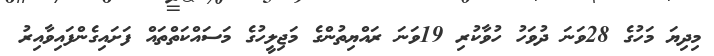
މިދިޔަ މަހުގެ 28ވަނަ ދުވަހު ހުވާކުރި 19ވަނަ ރައްޔިތުންގެ މަޖިލީހުގެ މަސައްކަތްތައް ފަށައިގެންފައިވާއިރު